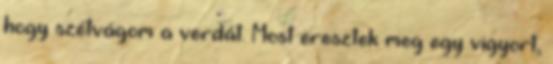
hogy szétvágom a verdát. Most eresztek meg egy vigyort,